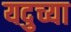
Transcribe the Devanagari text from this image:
यदुच्या